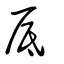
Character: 厎